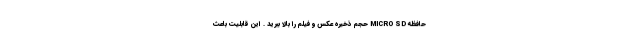
حافظه MICRO SD حجم ذخیره عکس و فیلم را بالا ببرید . این قابلیت باعث